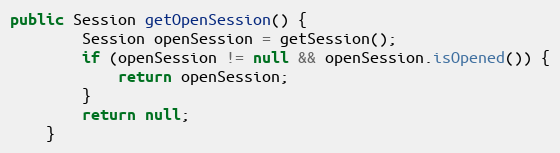
Language: Java
public Session getOpenSession() {
        Session openSession = getSession();
        if (openSession != null && openSession.isOpened()) {
            return openSession;
        }
        return null;
    }